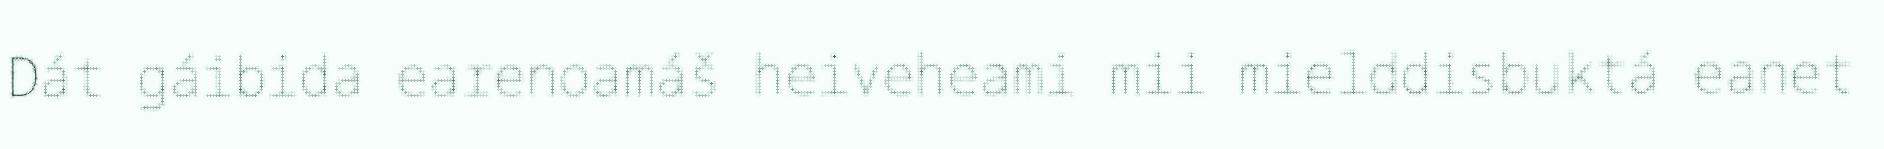
Dát gáibida earenoamáš heiveheami mii mielddisbuktá eanet